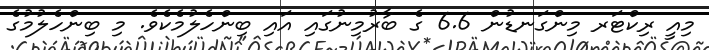
މިއީ ރިކްޓަރ މިންގަނޑުން 6.6 ގެ ބާރުމިނުގައި އައި ބިންހެލުމެކެވެ. މި ބިންހެލުމުގެ